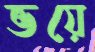
ভয়ে